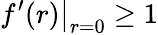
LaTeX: \left.f^{\prime}(r)\right|_{r=0}\geq 1